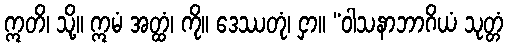
ဣတိ၊ သို့။ ဣမံ အတ္ထံ၊ ကို။ ဒေဿတုံ၊ ငှာ။ “ဝါသနာဘာဂိယံ သုတ္တံ